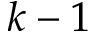
k - 1